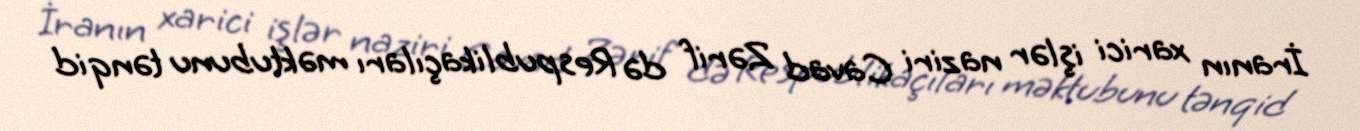
İranın xarici işlər naziri Cavad Zərif də Respublikaçıları məktubunu tənqid